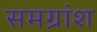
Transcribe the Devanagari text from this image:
समग्रांश